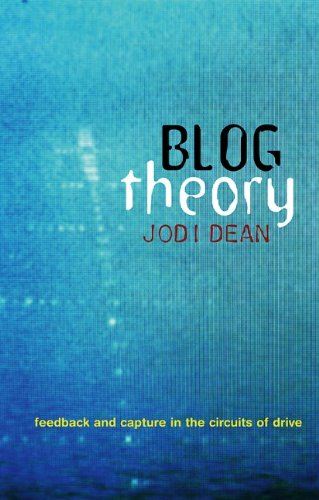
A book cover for Blog Theory: Feedback and Capture in the Circuits of Drive; Jodi Dean; Computers & Technology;